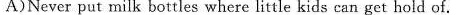
A)Never put milk bottles where litt!e kids can get hold of.